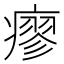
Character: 瘳